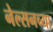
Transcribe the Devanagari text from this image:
नेल्सनच्या